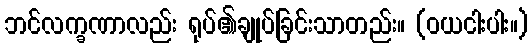
ဘင်လက္ခဏာလည်း ရုပ်၏ချုပ်ခြင်းသာတည်း။ (ဝယငါးပါး။)